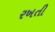
રખતી